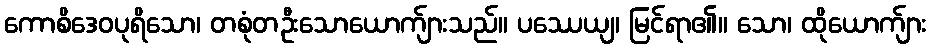
ကောစိဒေဝပုရိသော၊ တစုံတဦးသောယောက်ျားသည်။ ပဿေယျ၊ မြင်ရာ၏။ သော၊ ထိုယောက်ျား